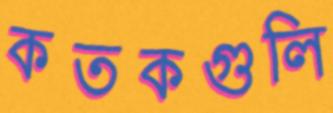
কতকগুলি